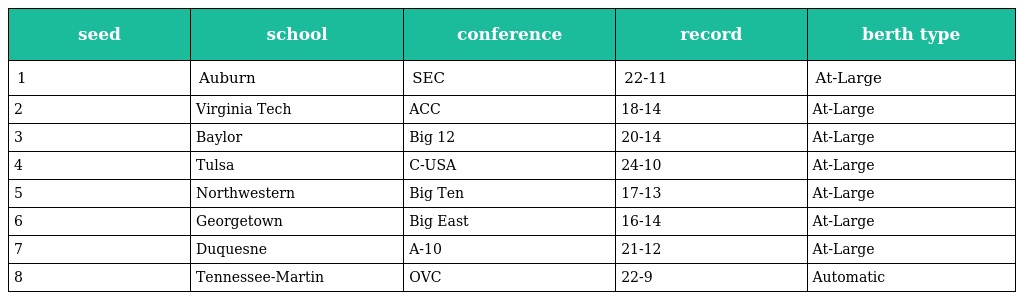
| seed | school | conference | record | berth type |
 | --- | --- | --- | --- | --- |
 | 1 | Auburn | SEC | 22-11 | At-Large |
 | 2 | Virginia Tech | ACC | 18-14 | At-Large |
 | 3 | Baylor | Big 12 | 20-14 | At-Large |
 | 4 | Tulsa | C-USA | 24-10 | At-Large |
 | 5 | Northwestern | Big Ten | 17-13 | At-Large |
 | 6 | Georgetown | Big East | 16-14 | At-Large |
 | 7 | Duquesne | A-10 | 21-12 | At-Large |
 | 8 | Tennessee-Martin | OVC | 22-9 | Automatic |